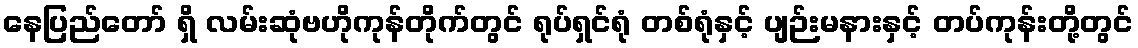
နေပြည်တော် ရှိ လမ်းဆုံဗဟိုကုန်တိုက်တွင် ရုပ်ရှင်ရုံ တစ်ရုံနှင့် ပျဉ်းမနားနှင့် တပ်ကုန်းတို့တွင်